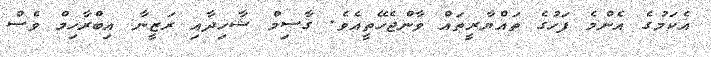
އެކަމުގެ އެންމެ ފަހުގެ ތައްޔާރީތައް ވާންޖެހޭތީއެވެ. ގާސިމް ޝާހިދާއި ރަޒީނާ އިބްރާހިމް ވެސް